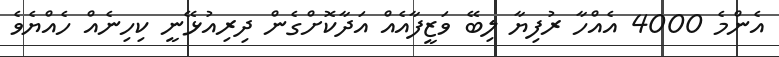
އެންމެ 4000 އެއްހާ ރުފިޔާ ލިބޭ ވަޒީފާއެއް އަދާކޮށްގެން ދިރިއުޅޭނީ ކިހިނެއް ހެއްޔެވެ